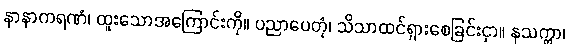
နာနာကရဏံ၊ ထူးသောအကြောင်းကို။ ပညာပေတုံ၊ သိသာထင်ရှားစေခြင်းငှာ။ နသက္ကာ၊